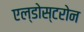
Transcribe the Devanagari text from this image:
एल्डोस्टरोन